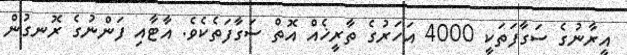
އީރާނުގެ ސަގާފަތަކީ 4000 އަހަރުގެ ތާރީޚެއް އޮތް ސަގާފަތެކެވެ. އާޓާއި ފަންނުގެ ރޮނގުން